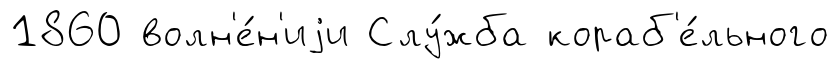
1860 волн'е́н'иjи Слу́жба кораб'е́льного